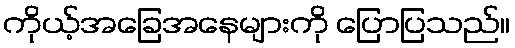
ကိုယ့်အခြေအနေများကို ပြောပြသည်။